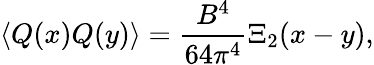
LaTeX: \langle Q(x)Q(y)\rangle={\frac{B^{4}}{64\pi^{4}}}\Xi_{2}(x-y),